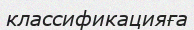
классификацияға